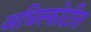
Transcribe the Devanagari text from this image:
अधिस्फोटीत